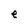
Character: e